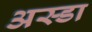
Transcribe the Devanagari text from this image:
अस्डा